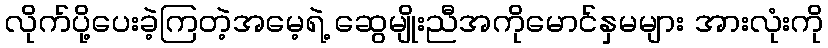
လိုက်ပို့ပေးခဲ့ကြတဲ့အမေ့ရဲ့ ဆွေမျိုးညီအကိုမောင်နှမများ အားလုံးကို